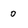
Character: 0